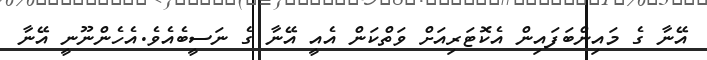
އޭޭނާ ގެ މައިންބަފައިން އެކޮޓަރިއަށް ވަތްކަން އެއީ އޭނާ ގެ ނަސީބެއެވެ.އެހެންނޫނީ އޭނާ